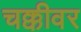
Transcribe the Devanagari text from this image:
चक्कीवर